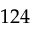
1 2 4